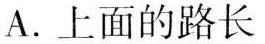
A. 上面的路长